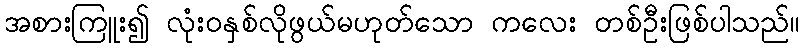
အစားကြူး၍ လုံးဝနှစ်လိုဖွယ်မဟုတ်သော ကလေး တစ်ဦးဖြစ်ပါသည်။